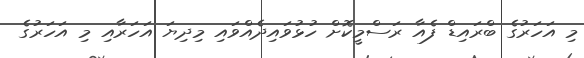
މި އަހަރުގެ ބްރައިޑް ފެއާ ރަސްމީކޮށް ހުޅުވައިދެއްވައި މިދިޔަ އަހަރާއި މި އަހަރުގެ